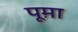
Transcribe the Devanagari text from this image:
पूम़ा